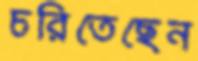
চরিতেছেন